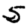
Digit: 5